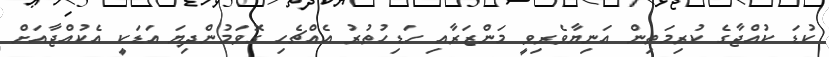
ކުޑަ ކުއްޖާގެ ކުރިމަތިން އަނިޔާވެރިވީ މަންޒަރާއި ހަޑިހުތުރު އެއްޗެހި ގޮވަމުންދިޔަ އަޑަކީ އެކުއްޖާއަށް